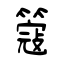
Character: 簆